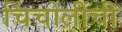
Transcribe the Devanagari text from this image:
चिंचोलींची